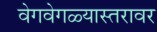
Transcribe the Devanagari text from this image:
वेगवेगळ्यास्तरावर